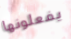
يفعلونها